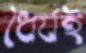
ধৈর্যই